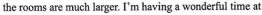
the rooms are much larger. I'm having a wonderful time at